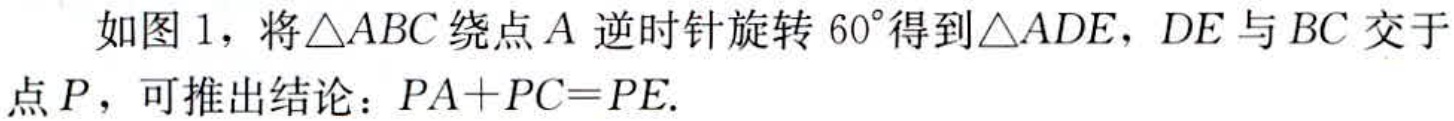
如图 1，将\(\triangle ABC\)绕点\(A\)逆时针旋转\(60^{\circ}\)得到\(\triangle ADE\)，\(DE\)与\(BC\)交于点\(P\)，可推出结论：\(PA + PC = PE\).